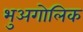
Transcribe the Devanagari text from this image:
भुअगोलिक